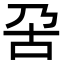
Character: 呄